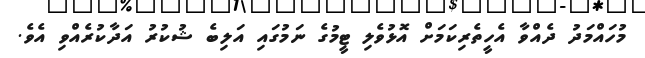
މުހައްމަދު ދެއްވާ އެހީތެރިކަމަށް އޮޅުވެލި ޓީމުގެ ނަމުގައި އަލިބެ ޝުކުރު އަދާކުރެއްވި އެވެ.